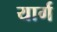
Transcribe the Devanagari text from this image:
यार्ग